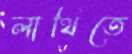
লাথিতে